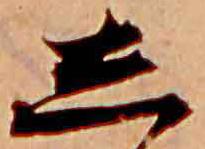
し